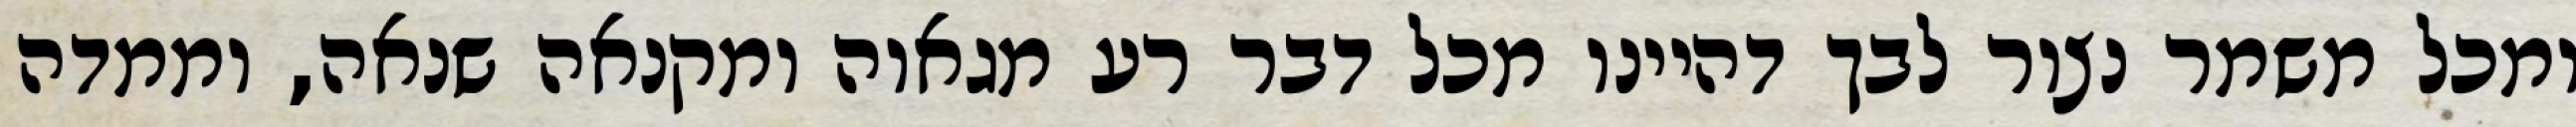
ומכל משמר נצור לבך דהיינו מכל דבר רע מגאוה ומקנאה שנאה, וממדה